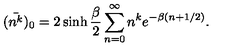
( \bar { n ^ { k } } ) _ { 0 } = 2 \sinh \frac { \beta } { 2 } \sum _ { n = 0 } ^ { \infty } n ^ { k } e ^ { - \beta ( n + 1 / 2 ) } .